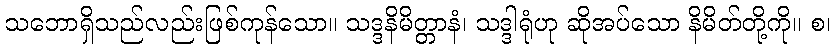
သဘောရှိသည်လည်းဖြစ်ကုန်သော။ သဒ္ဒနိမိတ္တာနံ၊ သဒ္ဒါရုံဟု ဆိုအပ်သော နိမိတ်တို့ကို။ စ၊